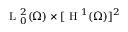
\mathrm { ~ L ~ } _ { 0 } ^ { 2 } ( \Omega ) \times [ \mathrm { ~ H ~ } ^ { 1 } ( \Omega ) ] ^ { 2 }